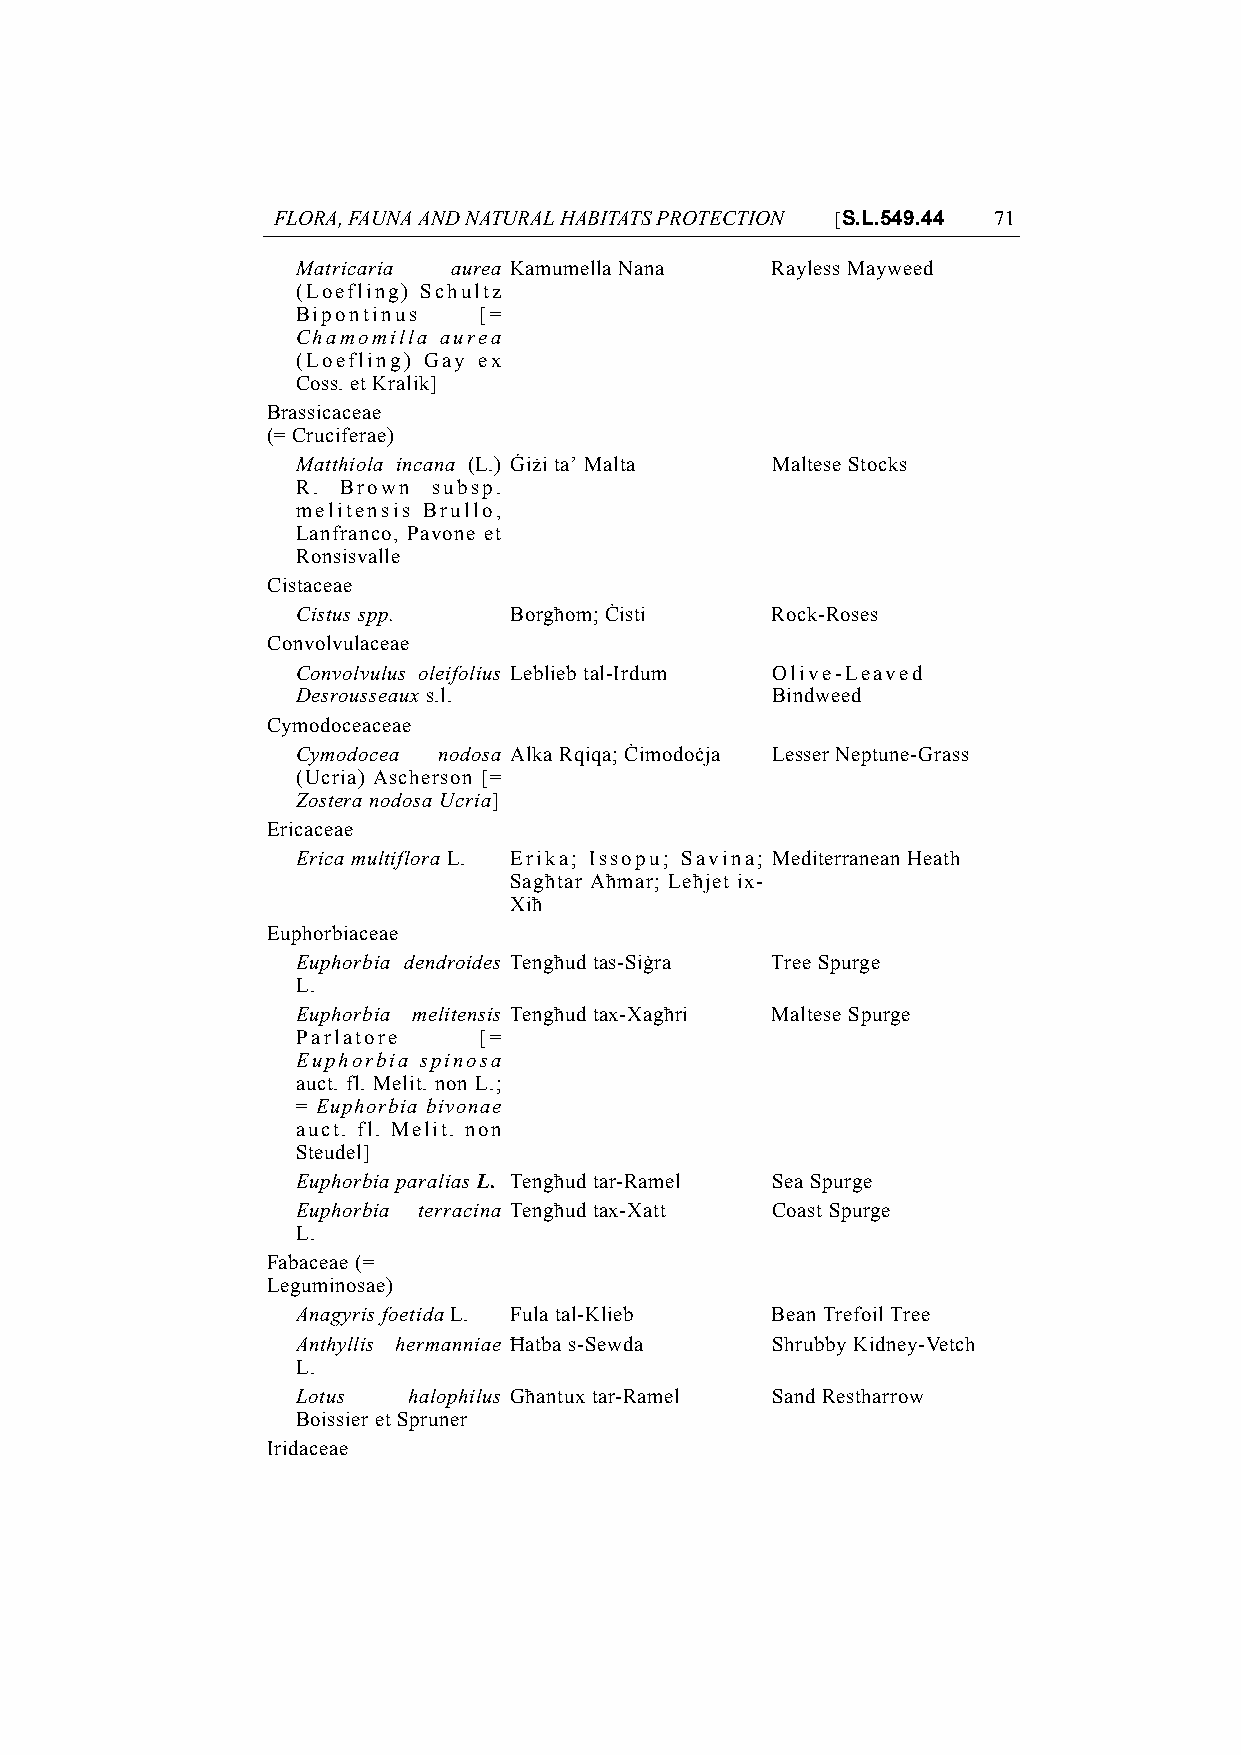
FLORA, FAUNA AND NATURAL HABITATS PROTECTION [S.L.549.44 71
 Matricaria aurea Kamumella Nana Rayless Mayweed
 (Loefling) Schultz
 Bipontinus  [=
 Chamomilla aurea
 (Loefling) Gay ex
 Coss. et Kralik]
 Brassicaceae
 (= Cruciferae)
 Matthiola incana (L.) Ġiżi ta’ Malta Maltese Stocks
 R. Brown subsp.
 melitensis Brullo,
 Lanfranco, Pavone et
 Ronsisvalle
 Cistaceae
 Cistus spp.   Borgħom; Ċisti   Rock-Roses
 Convolvulaceae
 Convolvulus oleifolius Leblieb tal-Irdum Olive-Leaved
 Desrousseaux s.l.              Bindweed
 Cymodoceaceae
 Cymodocea nodosa Alka Rqiqa; Ċimodoċja Lesser Neptune-Grass
 (Ucria) Ascherson [=
 Zostera nodosa Ucria]
 Ericaceae
 Erica multiflora L. Erika; Issopu; Savina; Mediterranean Heath
 Sagħtar Aħmar; Leħjet ix-
 Xiħ
 Euphorbiaceae
 Euphorbia dendroides Tengħud tas-Siġra Tree Spurge
 L.
 Euphorbia melitensis Tengħud tax-Xagħri Maltese Spurge
 Parlatore   [=
 Euphorbia spinosa
 auct. fl. Melit. non L.;
 = Euphorbia bivonae
 auct. fl. Melit. non
 Steudel]
 Euphorbia paralias L. Tengħud tar-Ramel Sea Spurge
 Euphorbia terracina Tengħud tax-Xatt Coast Spurge
 L.
 Fabaceae (=
 Leguminosae)
 Anagyris foetida L. Fula tal-Klieb Bean Trefoil Tree
 Anthyllis hermanniae Ħatba s-Sewda Shrubby Kidney-Vetch
 L.
 Lotus  halophilus Għantux tar-Ramel Sand Restharrow
 Boissier et Spruner
 Iridaceae